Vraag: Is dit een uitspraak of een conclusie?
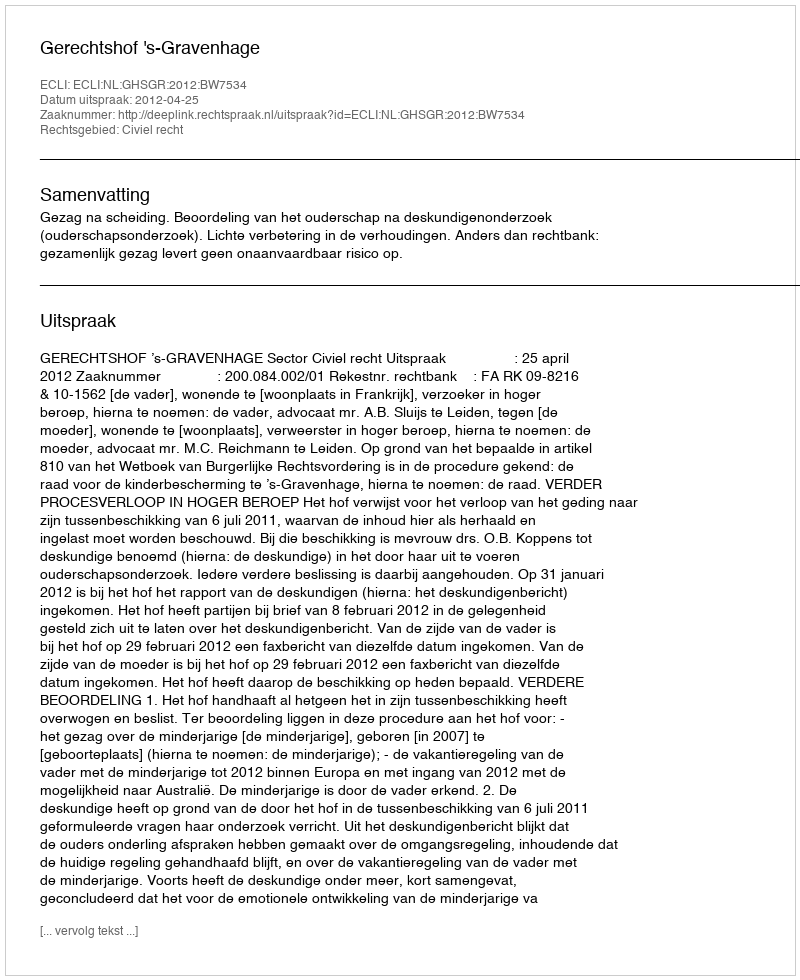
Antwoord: Uitspraak